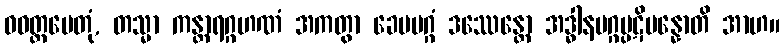
ဝဝတ္ထပေတုံ, တသ္မာ ကန္တာရဂ္ဂဟဏံ အကတွာ ခေမမဂ္ဂံ ဒဿေန္တော အဒ္ဓါနမဂ္ဂပ္ပဋိပန္နောတိ အာဟ။